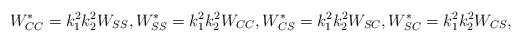
\begin{align*}W^*_{CC}= k_1^2k_2^2 W_{SS}, W^*_{SS}= k_1^2k_2^2 W_{CC}, W^*_{CS} = k_1^2k_2^2 W_{SC}, W^*_{SC} = k_1^2k_2^2 W_{CS},\end{align*}